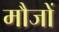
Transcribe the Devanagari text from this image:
मौजों